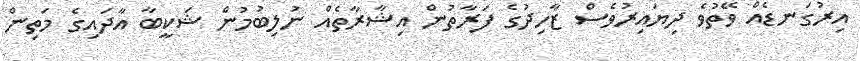
އިރުގަނޑެއް ވޭތުވެ ދިޔައިރުވެސް ޒާހިދުގެ ފަރާތުން އިޝާރާތެއް ނުލިބުމުން ޝަކީބާ އާދައިގެ މަތިން